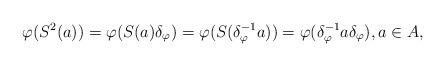
LaTeX: \begin{align*}\varphi(S^2(a)) = \varphi(S(a)\delta_{\varphi}) = \varphi(S(\delta_{\varphi}^{-1}a)) = \varphi(\delta_{\varphi}^{-1}a\delta_{\varphi}),a\in A,\end{align*}